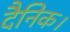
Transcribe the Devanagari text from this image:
दैनिक।